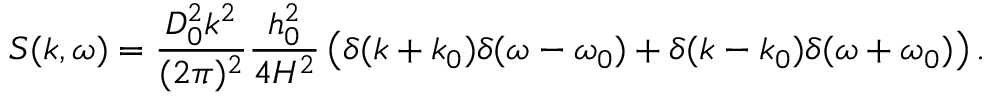
S ( k , \omega ) = \frac { D _ { 0 } ^ { 2 } k ^ { 2 } } { ( 2 \pi ) ^ { 2 } } \frac { h _ { 0 } ^ { 2 } } { 4 H ^ { 2 } } \left( \delta ( k + k _ { 0 } ) \delta ( \omega - \omega _ { 0 } ) + \delta ( k - k _ { 0 } ) \delta ( \omega + \omega _ { 0 } ) \right) .